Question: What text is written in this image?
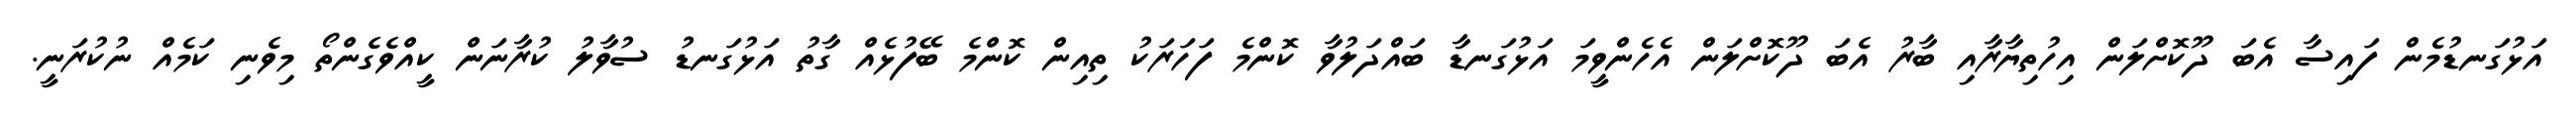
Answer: އަޅުގަނޑުމެން ފައިސާ އެބަ ދޫކޮށްލަން އިހުތިޔާރާއި ބާރު އެބަ ދޫކޮށްލަން އެހެންވީމަ އަޅުގަނޑާ ބައްދަލުވާ ކޮންމެ ފަހަރަކު ތިއިން ކޮންމެ ބޭފުޅެއް ގާތު އަޅުގަނޑު ސުވާލު ކުރާނަން ކީއްވެގެންތޯ މިވެނި ކަމެއް ނުކުރަނީ.